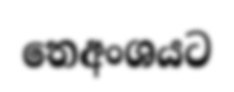
තෙඅංශයට